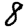
Digit: 8